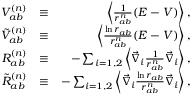
\begin{array} { r l r } { V _ { a b } ^ { ( n ) } } & { \equiv } & { \left\langle \frac { 1 } { r _ { a b } ^ { n } } ( E - V ) \right\rangle , } \\ { \tilde { V } _ { a b } ^ { ( n ) } } & { \equiv } & { \left\langle \frac { \ln r _ { a b } } { r _ { a b } ^ { n } } ( E - V ) \right\rangle , } \\ { R _ { a b } ^ { ( n ) } } & { \equiv } & { - \sum _ { i = 1 , 2 } \left\langle \vec { \nabla } _ { i } \frac { 1 } { r _ { a b } ^ { n } } \vec { \nabla } _ { i } \right\rangle , } \\ { \tilde { R } _ { a b } ^ { ( n ) } } & { \equiv } & { - \sum _ { i = 1 , 2 } \left\langle \vec { \nabla } _ { i } \frac { \ln r _ { a b } } { r _ { a b } ^ { n } } \vec { \nabla } _ { i } \right\rangle , } \end{array}